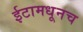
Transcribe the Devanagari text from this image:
ईटामधूनच